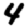
Digit: 4